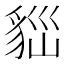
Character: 𧳀